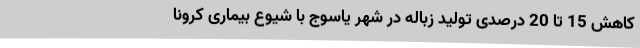
کاهش 15 تا 20 درصدی تولید زباله در شهر یاسوج با شیوع بیماری کرونا